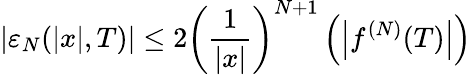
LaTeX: \lvert\varepsilon_{N}(\lvert x\rvert,T)\rvert\le 2\left(\frac{1}{\lvert x\rvert}\right)^{N+1}\left(\left\lvert f^{(N)}(T)\right\rvert\right)